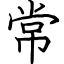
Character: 常